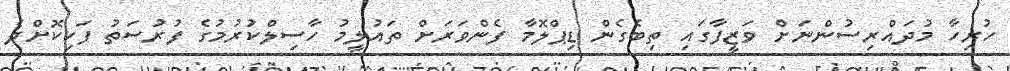
ހުރިހާ މުދައްރިސުންނަށް ވަޒީފާގައި ތިބެގެން ޑިޕްލޮމާ ފެންވަރަށް ތައުލީމު ހާސިލްކުރުމުގެ ފުރުސަތު ފަހިކޮށްދެ